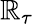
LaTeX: \mathbb{R}_{\tau}